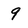
Character: 9